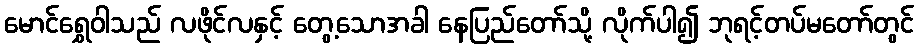
မောင်ရွှေဝါသည် လဖိုင်လနှင့် တွေ့သောအခါ နေပြည်တော်သို့ လိုက်ပါ၍ ဘုရင့်တပ်မတော်တွင်